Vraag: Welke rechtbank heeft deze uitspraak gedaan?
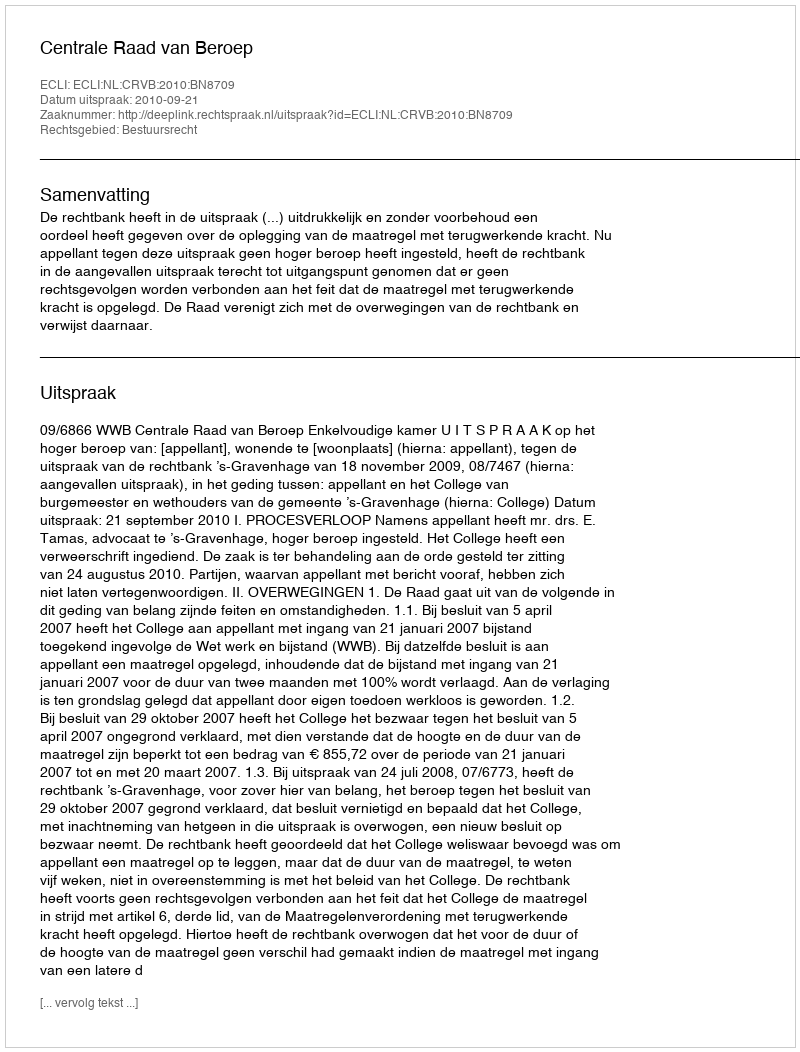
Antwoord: Centrale Raad van Beroep